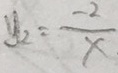
y _ { 2 } = \frac { - 2 } { x }